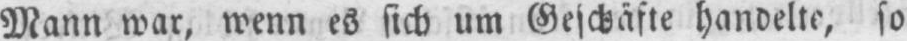
Mann war, wenn es sich um Geschäfte handelte, so